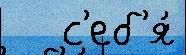
   с'еб'я́